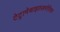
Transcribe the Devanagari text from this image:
टेट्रामेथाइलअमोनियम